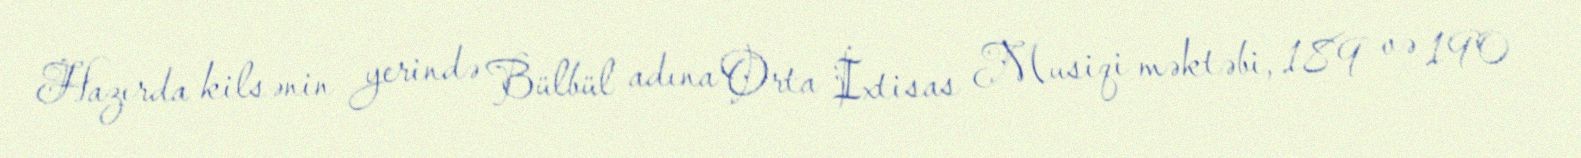
Hazırda kilsənin yerində Bülbül adına Orta İxtisas Musiqi məktəbi, 189 və 190